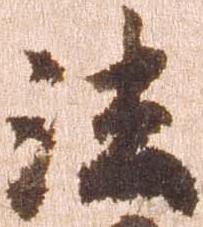
法